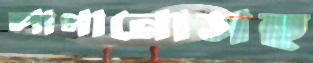
লাগানোসহ